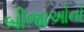
બીજાઓનો